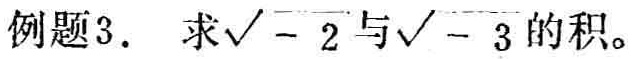
例题3. 求\(\sqrt{-2}\)与\(\sqrt{-3}\)的积。